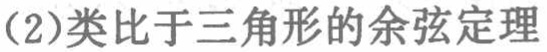
(2)类比于三角形的余弦定理